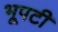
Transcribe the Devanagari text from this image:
भूपटी